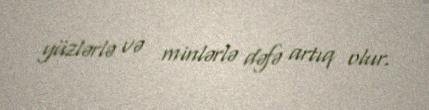
yüzlərlə və minlərlə dəfə artıq olur.